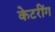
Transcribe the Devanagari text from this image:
केटरींग